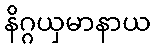
နိဂ္ဂယှမာနာယ